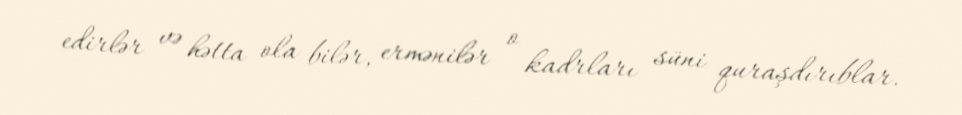
edirlər və hətta ola bilər, ermənilər o kadrları süni quraşdırıblar.